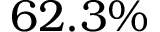
6 2 . 3 \%